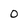
Character: 0